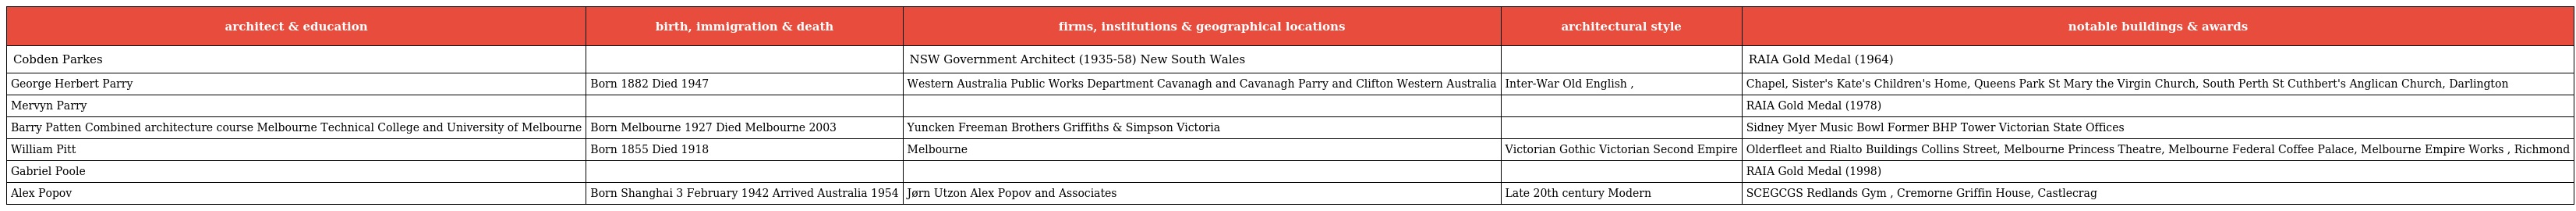
| architect & education | birth, immigration & death | firms, institutions & geographical locations | architectural style | notable buildings & awards |
 | --- | --- | --- | --- | --- |
 | Cobden Parkes |  | NSW Government Architect (1935-58) New South Wales |  | RAIA Gold Medal (1964) |
 | George Herbert Parry | Born 1882 Died 1947 | Western Australia Public Works Department Cavanagh and Cavanagh Parry and Clifton Western Australia | Inter-War Old English , | Chapel, Sister's Kate's Children's Home, Queens Park St Mary the Virgin Church, South Perth St Cuthbert's Anglican Church, Darlington |
 | Mervyn Parry |  |  |  | RAIA Gold Medal (1978) |
 | Barry Patten Combined architecture course Melbourne Technical College and University of Melbourne | Born Melbourne 1927 Died Melbourne 2003 | Yuncken Freeman Brothers Griffiths & Simpson Victoria |  | Sidney Myer Music Bowl Former BHP Tower Victorian State Offices |
 | William Pitt | Born 1855 Died 1918 | Melbourne | Victorian Gothic Victorian Second Empire | Olderfleet and Rialto Buildings Collins Street, Melbourne Princess Theatre, Melbourne Federal Coffee Palace, Melbourne Empire Works , Richmond |
 | Gabriel Poole |  |  |  | RAIA Gold Medal (1998) |
 | Alex Popov | Born Shanghai 3 February 1942 Arrived Australia 1954 | Jørn Utzon Alex Popov and Associates | Late 20th century Modern | SCEGCGS Redlands Gym , Cremorne Griffin House, Castlecrag |